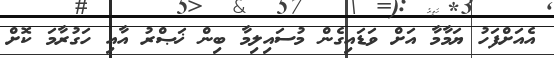
އެއަަށްފަހު ޔަމާމާ އަށް ވަޑައިގެން މުސައިލިމާ ބިން ޚަޞްރު އާއި ހަގުރާމަ ކޮށް